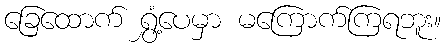
ခြေထောက် ရွှံ့ပေမှာ မကြောက်ကြရဘူး။